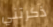
ذكرتني